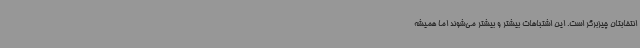
انتخابتان چیزبرگر است. این اشتباهات بیشتر و بیشتر می‌شوند اما همیشه